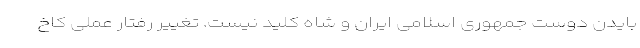
بایدن دوست جمهوری اسلامی ایران و شاه کلید نیست. تغییر رفتار عملی کاخ